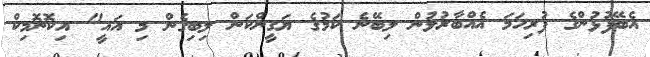
އެބޭފުޅުންގެ ފުރިހަމަ އެއްބާރުުލުން ލިބޭނެ ކަމުގެ ޔަގީންކަން ލިބިގެން މި އައީ" އިކޮނޮމިކް